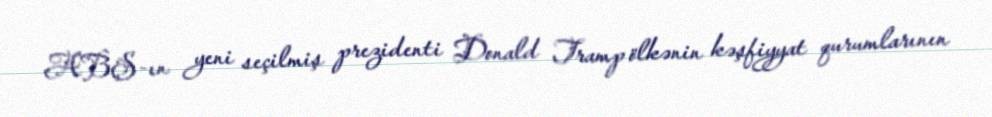
ABŞ-ın yeni seçilmiş prezidenti Donald Tramp ölkənin kəşfiyyat qurumlarının